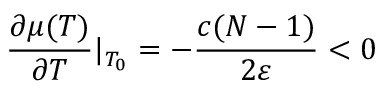
\frac { \partial \mu ( T ) } { \partial T } | _ { T _ { 0 } } = - \frac { c ( N - 1 ) } { 2 \varepsilon } < 0